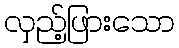
လှည့်ဖြားသော